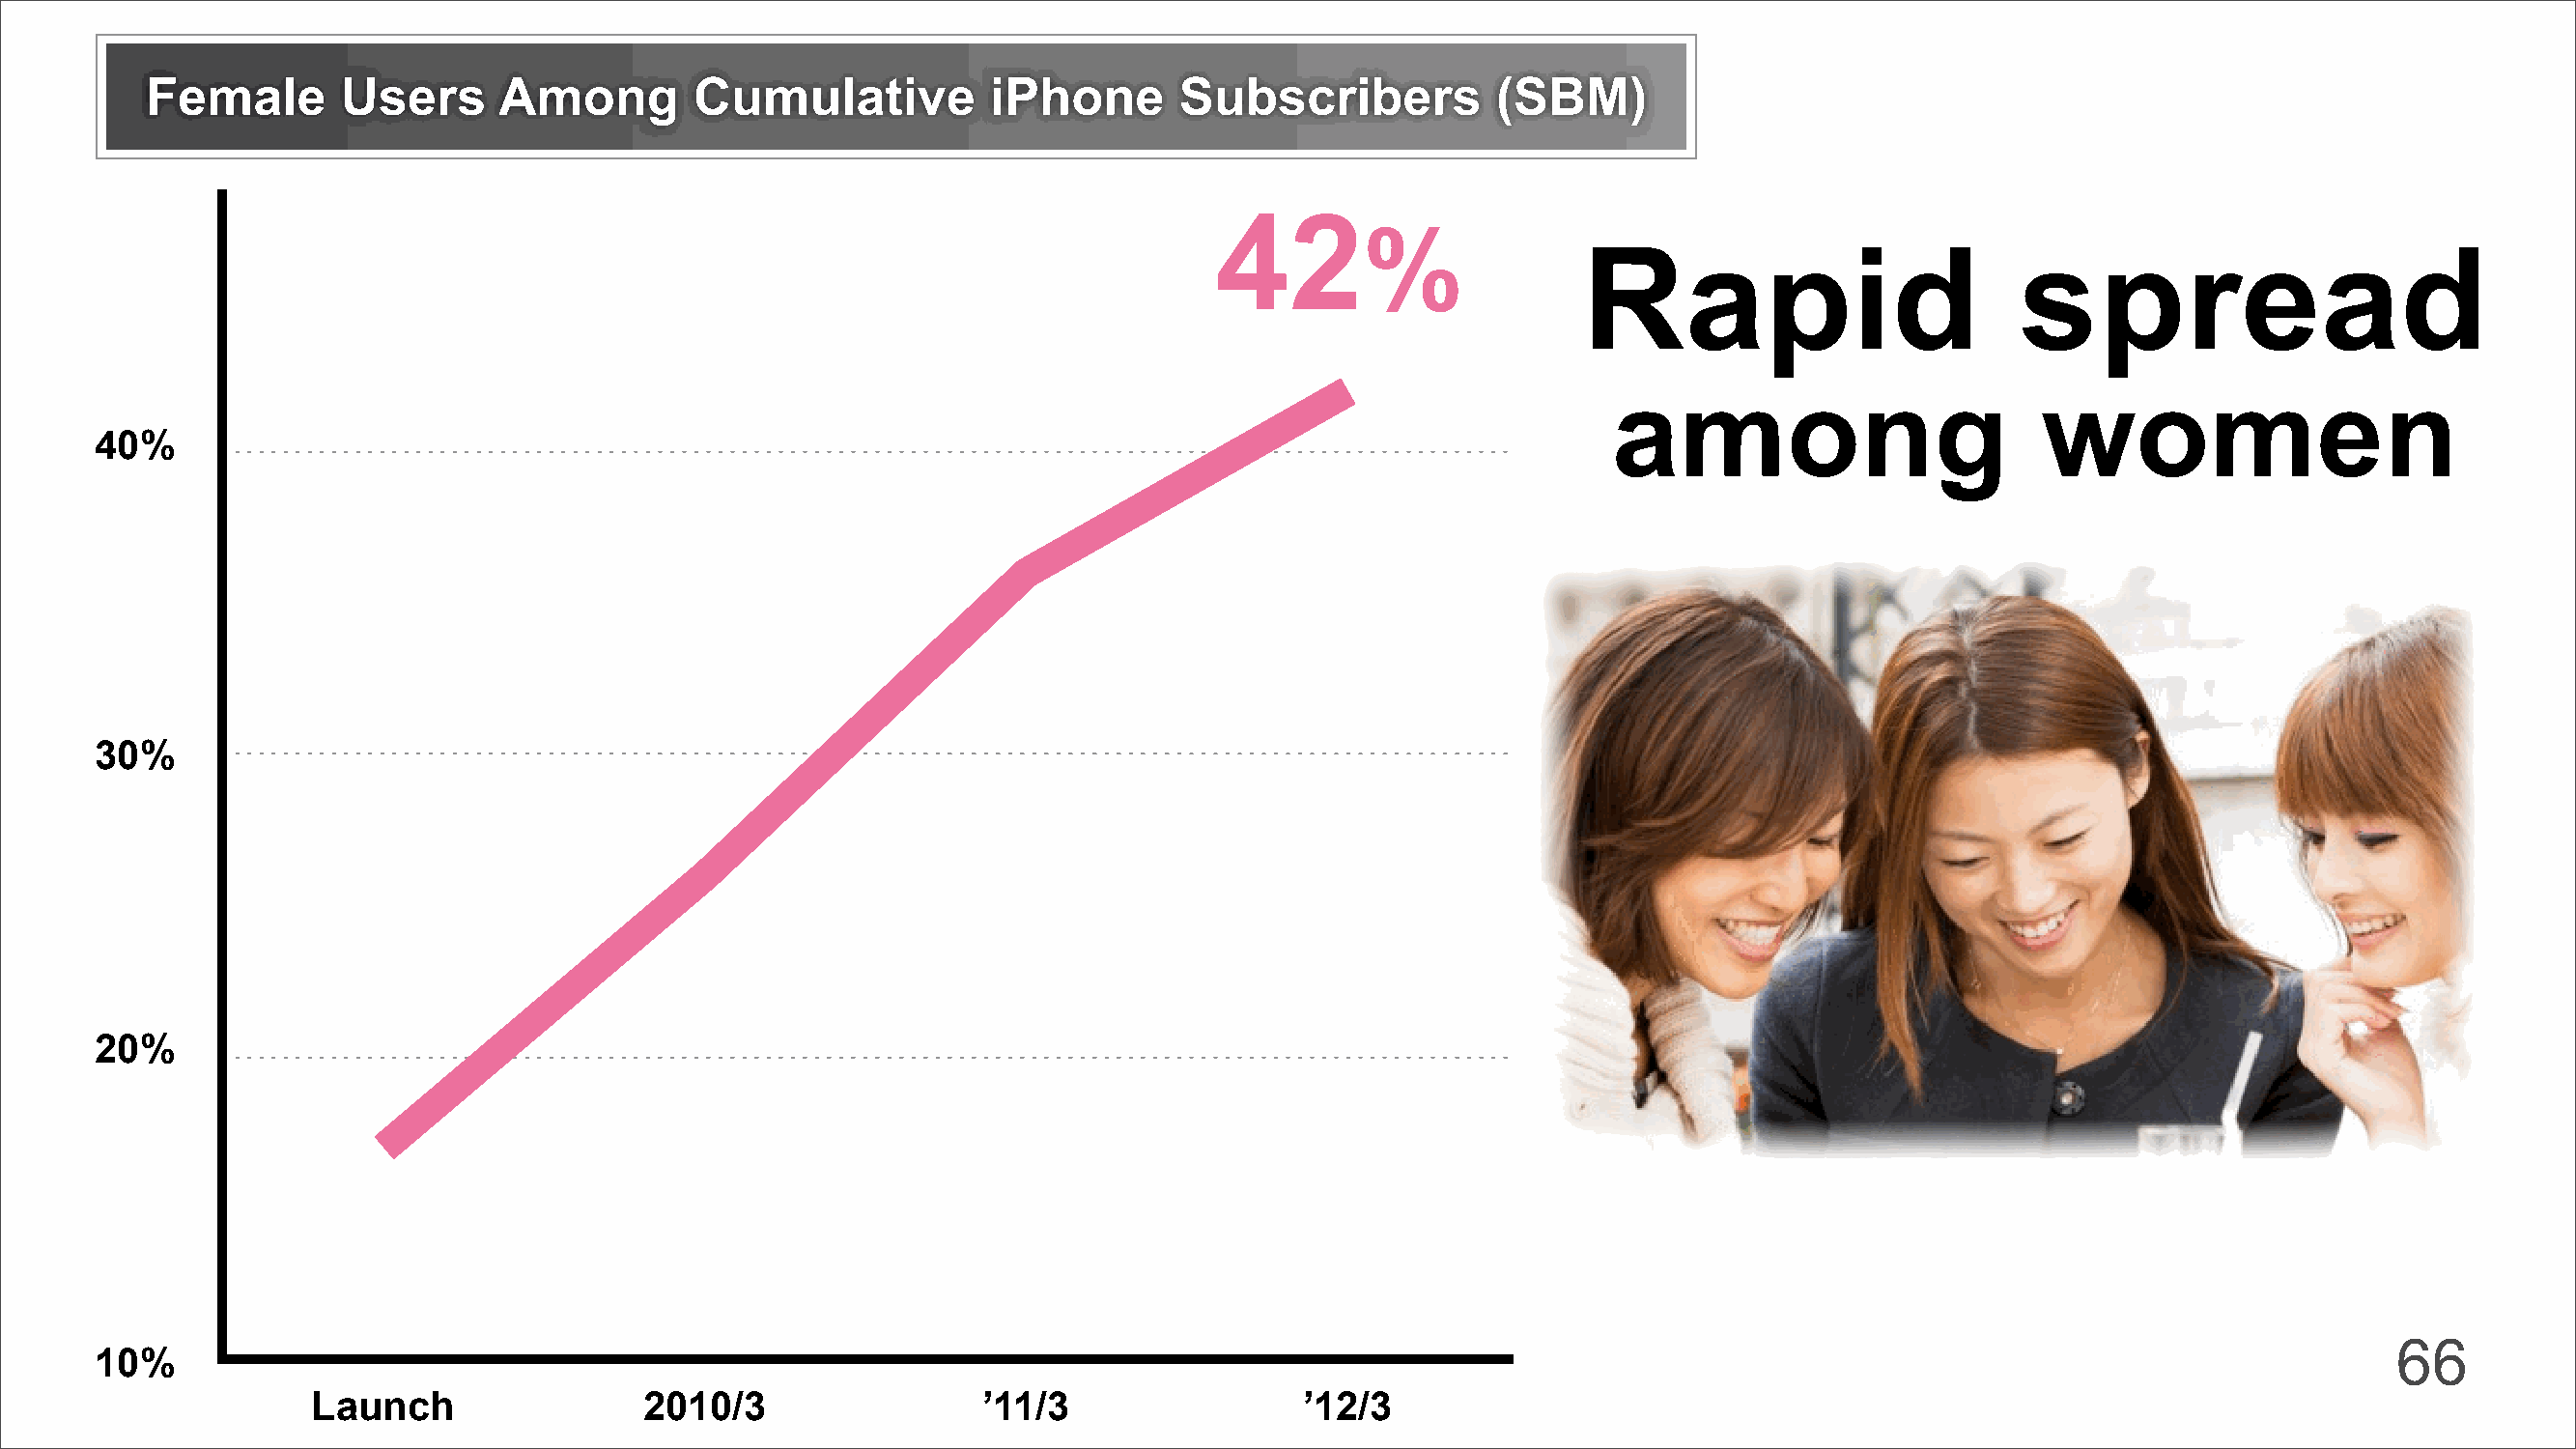
Female       Users      Among         Cumulative          iPhone       Subscribers           (SBM)
 42
 %
 Rapid                         spread
 among                         women
 40%
 30%
 20%
 66
 10%
 Launch                 2010/3                 ’11/3                 ’12/3